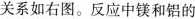
关系如右图。反应中镁和铝的